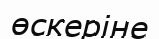
өскеріне